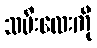
သမီးလေးကို